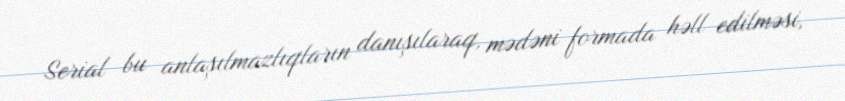
Serial bu anlaşılmazlıqların danışılaraq, mədəni formada həll edilməsi,